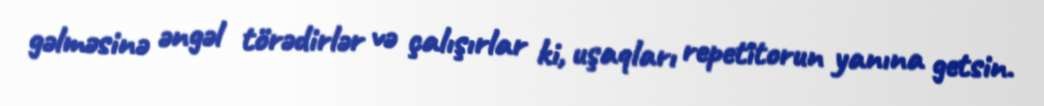
gəlməsinə əngəl törədirlər və çalışırlar ki, uşaqları repetitorun yanına getsin.